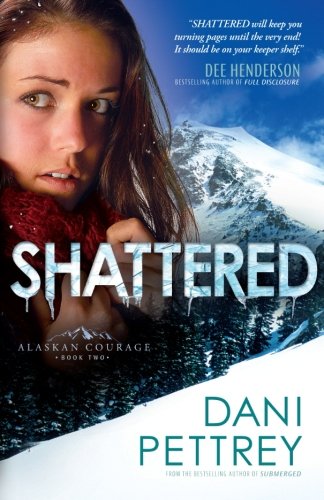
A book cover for Shattered (Alaskan Courage) (Volume 2); Dani Pettrey; Romance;